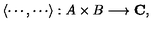
\langle \cdots , \cdots \rangle : A \times B \longrightarrow { \bf C } ,